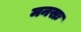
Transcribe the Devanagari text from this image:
मनसः